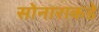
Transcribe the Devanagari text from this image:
सोनाराकडे